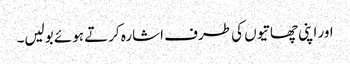
اور اپنی چھاتیوں کی طرف اشارہ کرتے ہوئے بولیں۔